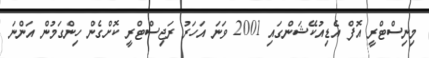
މިނިސްޓްރީ އޮފް އެޑިއުކޭޝަންގައި 2001 ވަނަ އަހަރު ރަޖިސްޓްރީ ކޮށްގެން ހިންގަމުން އަންނަ